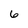
Character: 6